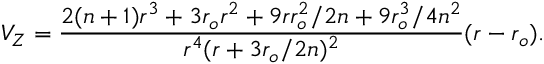
V _ { Z } = { \frac { 2 ( n + 1 ) r ^ { 3 } + 3 r _ { o } r ^ { 2 } + 9 r r _ { o } ^ { 2 } / 2 n + 9 r _ { o } ^ { 3 } / 4 n ^ { 2 } } { r ^ { 4 } ( r + 3 r _ { o } / 2 n ) ^ { 2 } } } ( r - r _ { o } ) .